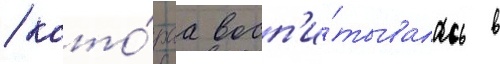
/ кото́раа восп'и́тывалась в